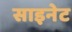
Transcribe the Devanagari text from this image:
साइनेट